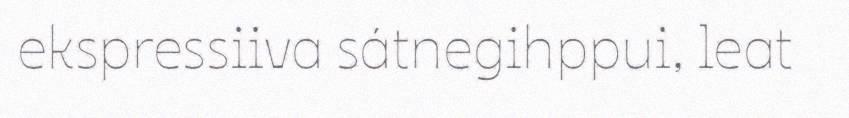
ekspressiiva sátnegihppui, leat